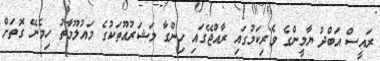
ރައީސް އަބްދު ޔާމީންގެ ވެރިކަމުގައި ރާއްޖޭގައި ހިންގާ މަޝަރުއޫތަކުގެ މައުލޫމާތު ހިމެނޭ ގޮތަށް